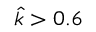
\hat { k } > 0 . 6